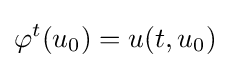
\varphi ^{t}(u_{0})=u(t,u_{0})